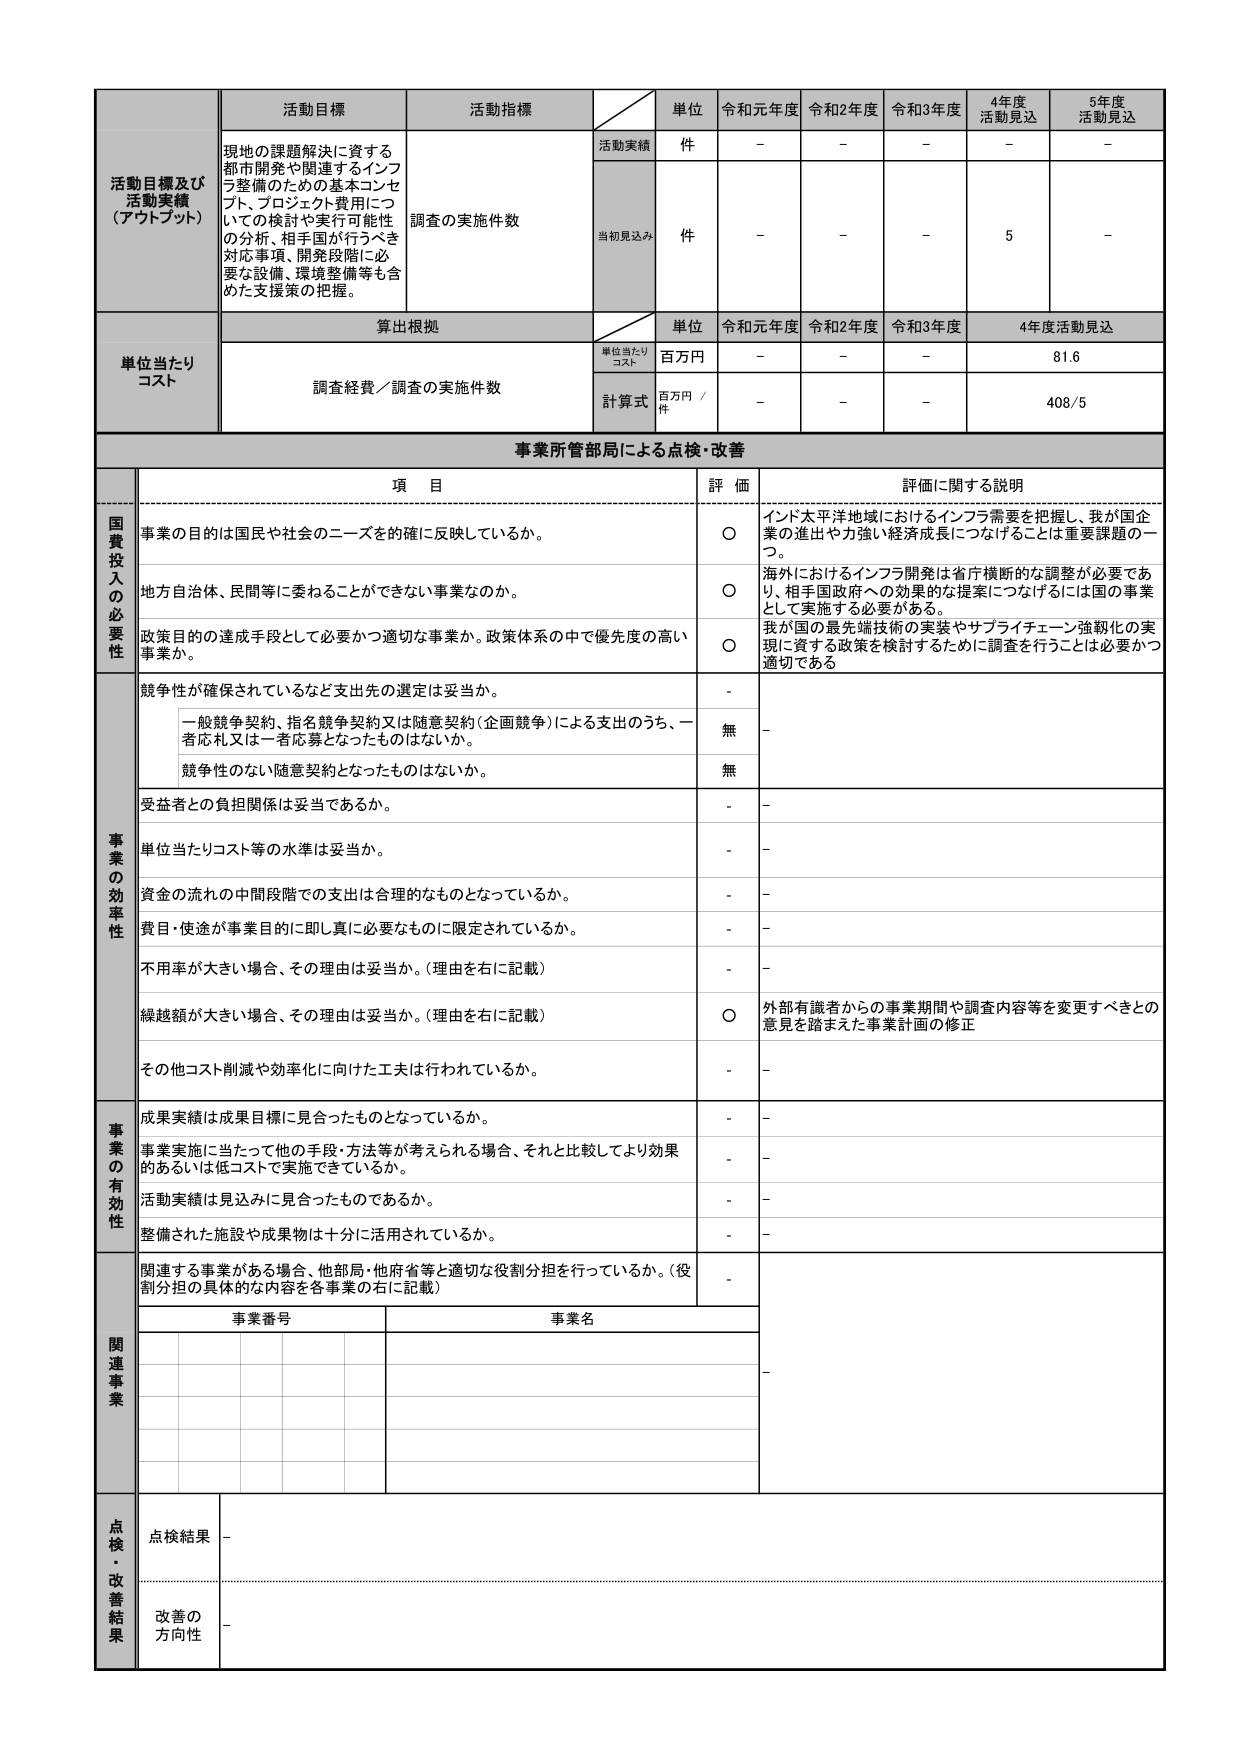
活動目標及び
活動実績
（アウトプット）

活動目標
現地の課題解決に資する
都市開発や関連するインフラ整備のための基本コンセプト、プロジェクト費用についての検討や実行可能性の分析、相手国が行うべき対応事項、開発段階に必要な設備、環境整備等も含めた支援策の把握。

活動指標
調査の実施件数

単位
活動実績
件
－
－
－
－
－

当初見込み
件
－
－
－
5
－

単位当たりコスト
算出根拠

単位当たりコスト
百万円
－
－
－
81.6

計算式
百万円 / 件
－
－
－
408/5

調査経費／調査の実施件数

事業所管部局による点検・改善

項 目
評 価
評価に関する説明

国費投入の必要性
事業の目的は国民や社会のニーズを的確に反映しているか。
○
インド太平洋地域におけるインフラ需要を把握し、我が国企業の進出や力強い経済成長につなげることは重要課題の一つ。

地方自治体、民間等に委ねることができない事業なのか。
○
海外におけるインフラ開発は省庁横断的な調整が必要であり、相手国政府への効果的な提案につなげるには国の事業として実施する必要がある。

政策目的の達成手段として必要かつ適切な事業か。政策体系の中で優先度の高い事業か。
○
我が国の最先端技術の実装やサプライチェーン強靭化の実現に資する政策を検討するために調査を行うことは必要かつ適切である。

事業の効率性
競争性が確保されているなど支出先の選定は妥当か。
-
-

一般競争契約、指名競争契約又は随意契約（企画競争）による支出のうち、一者応札又は一者応募となったものはないか。
無
-

競争性のない随意契約となったものはないか。
無

受益者との負担関係は妥当であるか。
-
-

単位当たりコスト等の水準は妥当か。
-
-

資金の流れの中間段階での支出は合理的なものとなっているか。
-
-

費目・使途が事業目的に即し真に必要なものに限定されているか。
-
-

不用率が大きい場合、その理由は妥当か。（理由を右に記載）
-
-

繰越額が大きい場合、その理由は妥当か。（理由を右に記載）
○
外部有識者からの事業期間や調査内容等を変更すべきとの意見を踏まえた事業計画の修正

その他コスト削減や効率化に向けた工夫は行われているか。
-
-

事業の有効性
成果実績は成果目標に見合ったものとなっているか。
-
-

事業実施に当たって他の手段・方法等が考えられる場合、それと比較してより効果的あるいは低コストで実施できているか。
-
-

活動実績は見込みに見合ったものであるか。
-
-

整備された施設や成果物は十分に活用されているか。
-
-

関連事業
関連する事業がある場合、他部局・他府省等と適切な役割分担を行っているか。（役割分担の具体的な内容を各事業の右に記載）
-

事業番号
事業名
-

点検・改善結果
点検結果
-

改善の方向性
-

令和元年度
令和2年度
令和3年度
4年度 活動見込
5年度 活動見込

令和元年度
令和2年度
令和3年度
4年度活動見込